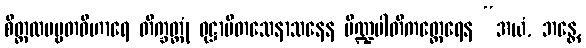
စိတ္တလပဗ္ဗတဝိဟာရေ တိက္ခတ္တုံ ဝုဋ္ဌာပိတသေနာသနေန ပိဏ္ဍပါတိကတ္ထေရေန “အယံ, ဘန္တေ,